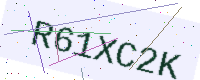
Text: R61XC2K